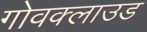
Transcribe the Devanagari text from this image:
गोवक्लाउड